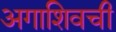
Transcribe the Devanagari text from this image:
अगाशिवची